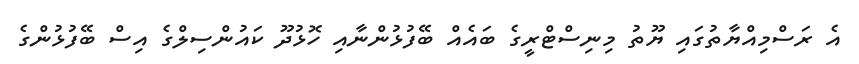
އެ ރަސްމިއްޔާތުގައި ޔޫތު މިނިސްޓްރީގެ ބައެއް ބޭފުޅުންނާއި ހޮޅުދޫ ކައުންސިލްގެ އިސް ބޭފުޅުންގެ